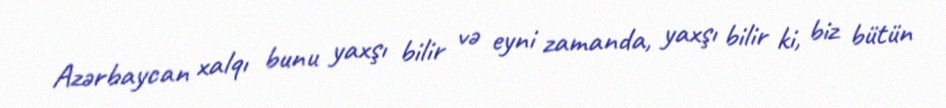
Azərbaycan xalqı bunu yaxşı bilir və eyni zamanda, yaxşı bilir ki, biz bütün